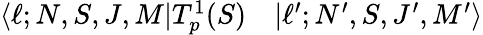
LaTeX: \begin{array}{rl}{\langle\ell;N,S,J,M|T_{p}^{1}(S)}&{{}|\ell^{\prime};N^{\prime},S,J^{\prime},M^{\prime}\rangle}\end{array}